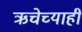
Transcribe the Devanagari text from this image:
ऋचेच्याही